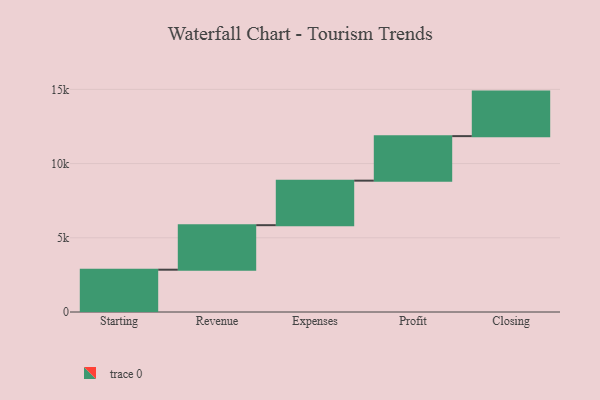
{"axis": {"x": "Step", "y": "Value"}, "legend": [""], "data": [{"x": "Starting", "y": 2850.0, "type": ""}, {"x": "Revenue", "y": 3000, "type": ""}, {"x": "Expenses", "y": 3000, "type": ""}, {"x": "Profit", "y": 3000, "type": ""}, {"x": "Closing", "y": 3000, "type": ""}]}